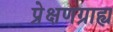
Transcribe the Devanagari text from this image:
प्रेक्षणग्राह्य